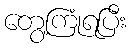
တွေ့ကြုံရပြီး